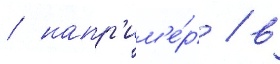
/ напр'им'е́р / в